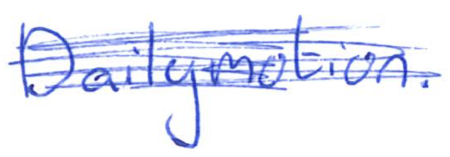
Text: Dailymotion.
Cross-out: scratch
Writing tool: ballpoint